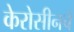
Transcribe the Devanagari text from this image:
केरोसीनचे